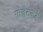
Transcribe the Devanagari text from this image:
गोजेटकडे